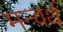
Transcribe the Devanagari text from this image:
मन्वर्थ